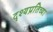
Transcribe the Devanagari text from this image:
दृश्यप्रतिच्या